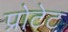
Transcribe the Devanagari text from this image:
प्रोटेट